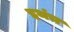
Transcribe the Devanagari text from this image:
इथंच